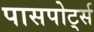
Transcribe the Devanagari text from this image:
पासपोर्ट्स